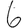
Digit: 6